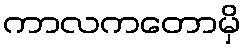
ကာလကတောမှိ